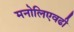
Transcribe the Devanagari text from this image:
मनोलिएवढी